Vaccination in the Punjab 1883-1896 - 1883-1896
Year: 1883
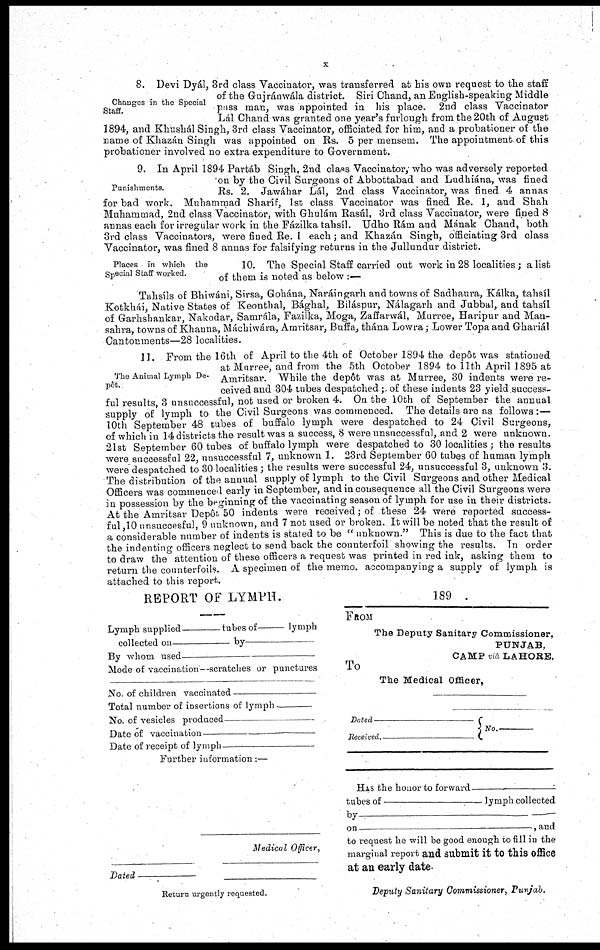
x
Changes in the Special
Staff.
8. Devi Dyál, 3rd class Vaccinator, was transferred at his own request to the staff
of the Gujránwála district. Siri Chand, an English-speaking Middle
pass man, was appointed in his place.
2nd class Vaccinator
Lál Chand was granted one year's furlough from the 20th of August
1894, and Khushál Singh, 3rd class Vaccinator, officiated for him, and a probationer of the
name of Khazán Singh was appointed on Rs. 5 per mensem. The appointment of this
probationer involved no extra expenditure to Government.
Punishments.
9. In April 1894 Partáb Singh, 2nd class Vaccinator, who was adversely reported
on by the Civil Surgeons of Abbottabad and Ludhiána, was fined
Rs. 2. Jawáhar Lál, 2nd class Vaccinator, was fined 4 annas
for bad work. Muhammad Sharíf, 1st class Vaccinator was fined Re. 1, and Shah
Muhammad, 2nd class Vaccinator, with Ghulám Rasúl, 3rd class Vaccinator, were fined 8
annas each for irregular work in the Fázilka tahsíl. Udho Rám and Mának Chand, both
3rd class Vaccinators, were fined Re. 1 each; and Khazán Singh, officiating 3rd class
Vaccinator, was fined 8 annas for falsifying returns in the Jullundur district.
Places in which the
Special Staff worked.
10. The Special Staff carried out work in 28 localities ; a list
of them is noted as below :—
Tahsíls of Bhiwáni, Sirsa, Gohána, Naráingarh and towns of Sadhaura, Kálka, tahsíl
Kotkhái, Native States of Keonthal, Bághal, Biláspur, Nálagarh and Jubbal, and tahsíl
of Garhshankar, Nakodar, Samrála, Fazilka, Moga, Zaffarwál, Murree, Haripur and Man-
sahra, towns of Khanna, Máchiwára, Amritsar, Buffa, thána Lowra; Lower Topa and Ghariál
Cantonments—28 localities.
The Animal Lymph De-
pôt.
11. From the 16th of April to the 4th of October 1894 the depôt was stationed
at Murree, and from the 5th October 1894 to 11th April 1895 at
Amritsar. While the depôt was at Murree, 30 indents were re-
ceived and 304 tubes despatched; of these indents 23 yield success-
ful results, 3 unsuccessful, not used or broken 4. On the 10th of September the annual
supply of lymph to the Civil Surgeons was commenced.
The details are as follows :—
10th September 48 tubes of buffalo lymph were despatched to 24 Civil Surgeons,
of which in 14 districts the result was a success, 8 were unsuccessful, and 2 were unknown.
21st September 60 tubes of buffalo lymph were despatched to 30 localities ; the results
were successful 22, unsuccessful 7, unknown 1. 23rd September 60 tubes of human lymph
were despatched to 30 localities ; the results were successful 24, unsuccessful 3, unknown 3.
The distribution of the annual supply of lymph to the Civil Surgeons and other Medical
Officers was commenced early in September, and in consequence all the Civil Surgeons were
in possession by the beginning of the vaccinating season of lymph for use in their districts.
At the Amritsar Depôt. 50 indents were received; of these 24 were reported success-
ful,10 unsuccesful, 9 unknown, and 7 not used or broken. It will be noted that the result of
a considerable number of indents is stated to be " unknown." This is due to the fact that
the indenting officers neglect to send back the counterfoil showing the results. In order
to draw the attention of these officers a request was printed in red ink, asking them to
return the counterfoils. A specimen of the memo. accompanying a supply of lymph is
attached to this report.
REPORT OF LYMPH.
Lymph supplied _________tubes of _________ lymph
collected on ____________ by___________________
By whom used _______________________________
Mode of vaccination—scratches or punctures
No. of children vaccinated ______________________
Total number of insertions of lymph _______________
No. of vesicles produced _______________________
Date of vaccination ____________________________
Date of receipt of lymph_________________________
Further information:—
Medical Officer,
Dated _______________
Return urgently requested.
189
.
FROM
The Deputy Sanitary Commissioner,
PUNJAB,
CAMP via LAHORE,
To
The Medical Officer,
Dated
______________________
Received.___________________
No.________________
HAS the honor to forward______________________
tubes of _______________________ lymph collected
by
_______________________________________
on ___________________________________ , and
to request he will be good enough to fill in the
marginal report and submit it to this office
at an early date.
Deputy Sanitary Commissioner, Punjab.